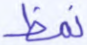
نمظ